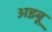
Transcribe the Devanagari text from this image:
अइबू